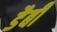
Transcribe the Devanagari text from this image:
डैबी